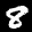
Label: 8